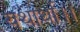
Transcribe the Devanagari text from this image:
यथार्था।।